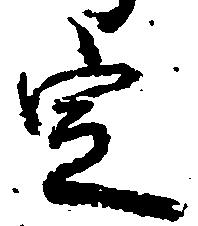
定